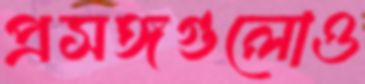
প্রসঙ্গগুলোও